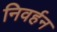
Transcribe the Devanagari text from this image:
निवर्हन